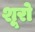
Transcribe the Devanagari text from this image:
शूरो